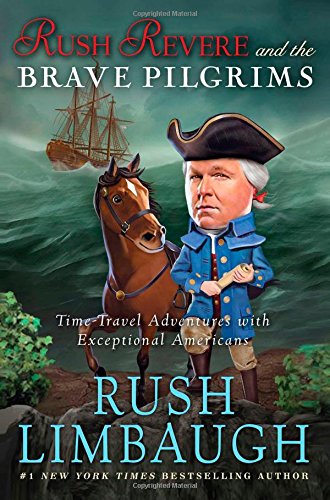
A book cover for Rush Revere and the Brave Pilgrims: Time-Travel Adventures with Exceptional Americans; Rush Limbaugh; Teen & Young Adult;